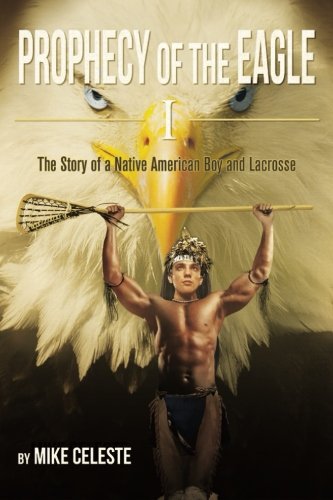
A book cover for Prophecy of the Eagle I: The Story of a Native American Boy and Lacrosse; Mike Celeste; Sports & Outdoors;